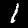
Digit: 1